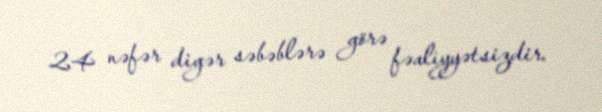
24 nəfər digər səbəblərə görə fəaliyyətsizdir.